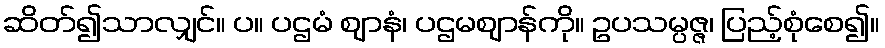
ဆိတ်၍သာလျှင်။ ပ။ ပဌမံ ဈာနံ၊ ပဌမဈာန်ကို။ ဥပသမ္ပဇ္ဇ၊ ပြည့်စုံစေ၍။